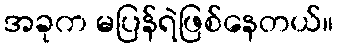
အခုက မပြန်ရဲဖြစ်နေတယ်။